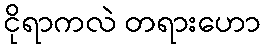
ငိုရာကလဲ တရားဟော